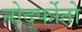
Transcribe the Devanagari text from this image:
नोर्द्फोतो